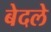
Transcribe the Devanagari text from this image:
बेदले